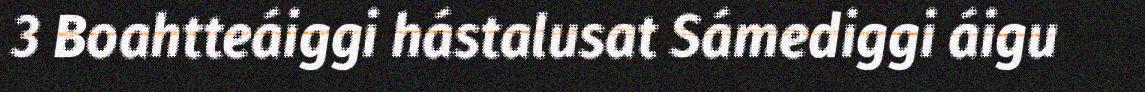
3 Boahtteáiggi hástalusat Sámediggi áigu